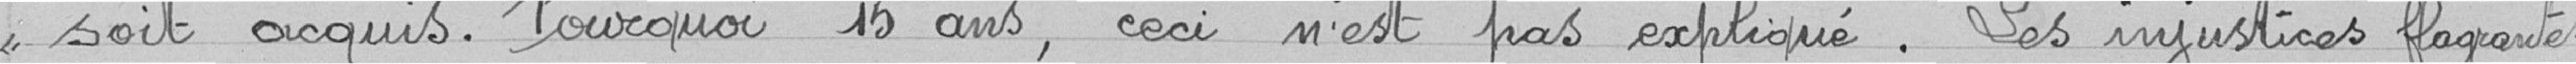
<< soit acquis. Pourquoi 15 ans , ceci n'est pas expliqué.  Les injustices flagrantes